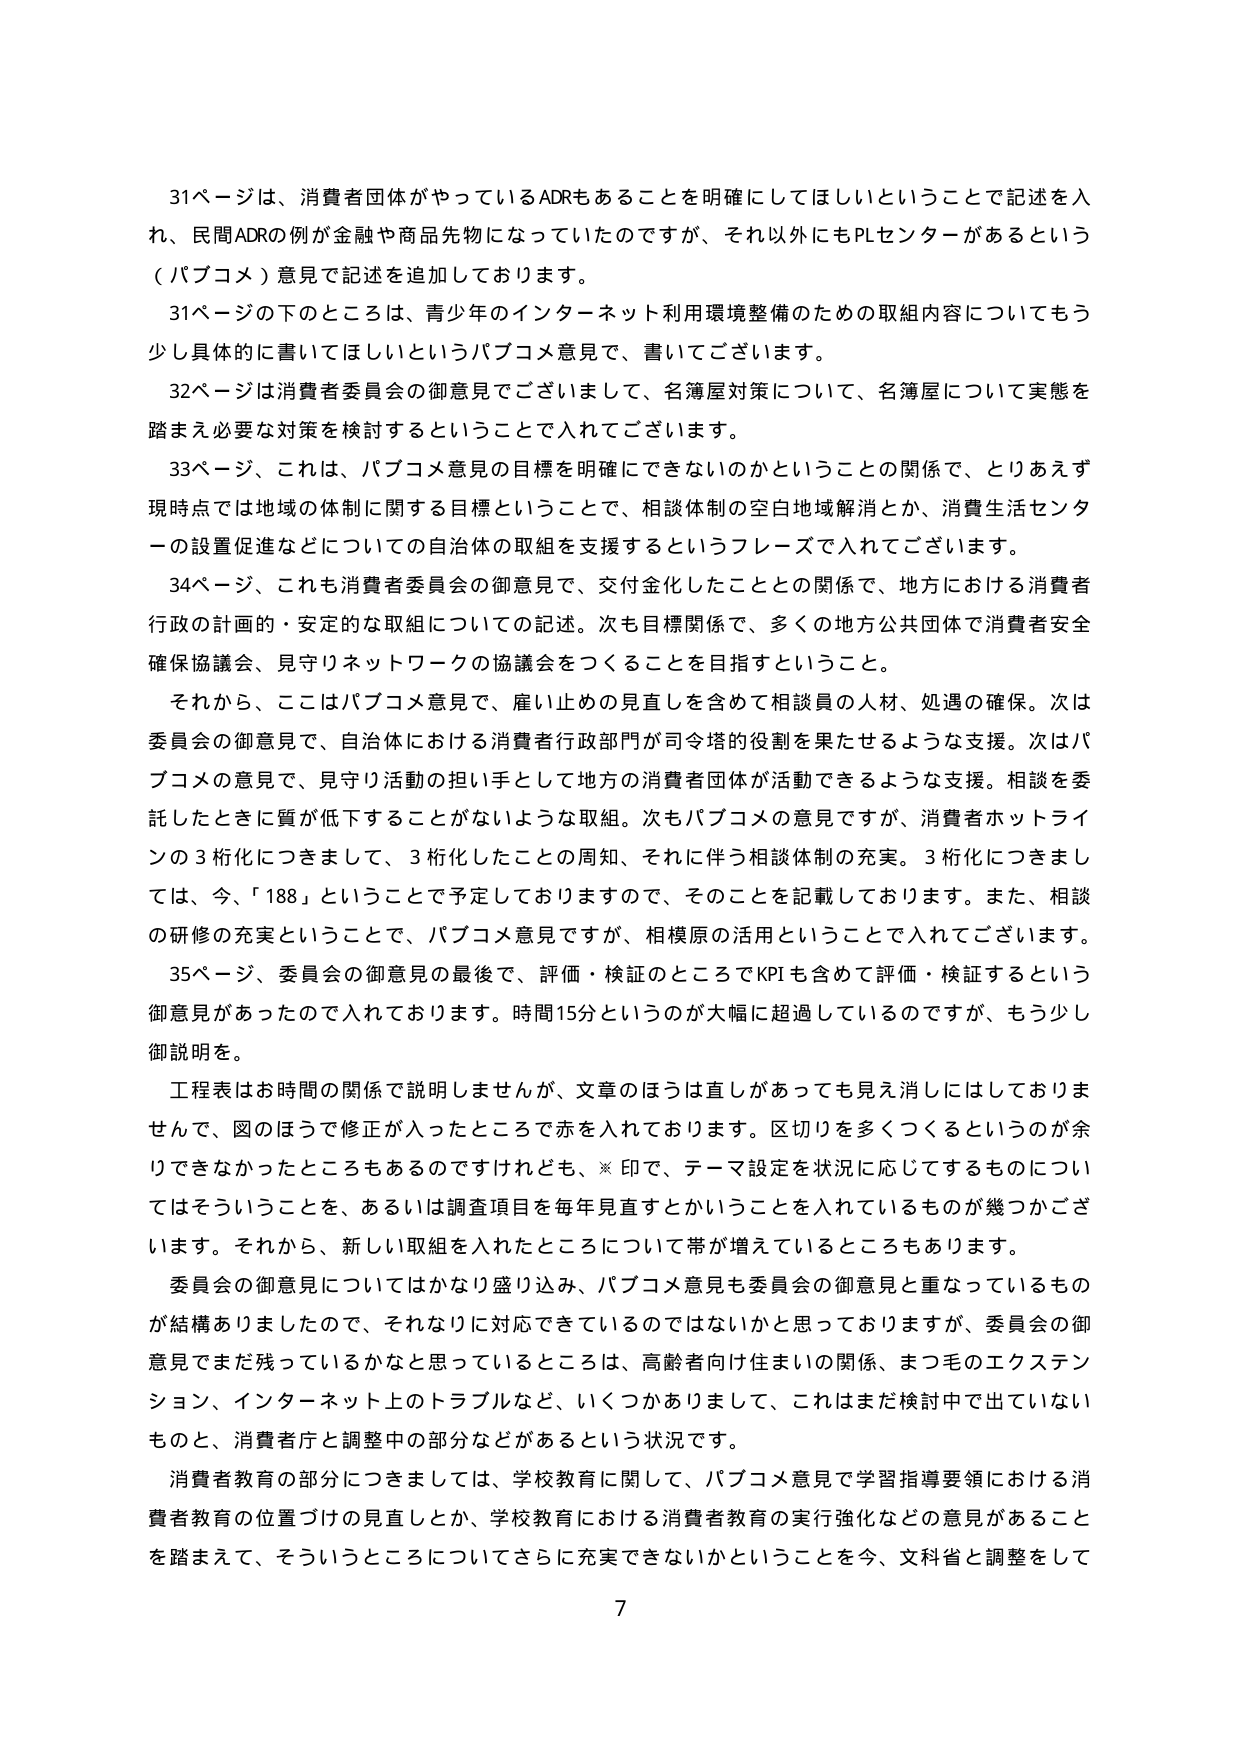
31ページは、消費者団体がやっているADRもあることを明確にしてほしいということで記述を入れ、民間ADRの例が金融や商品先物になっていたのですが、それ以外にもPLセンターがあるという（パブコメ）意見で記述を追加しております。

31ページの下のところは、青少年のインターネット利用環境整備のための取組内容についてもう少し具体的に書いてほしいというパブコメ意見で、書いてございます。

32ページは消費者委員会の御意見でございまして、名簿屋対策について、名簿屋について実態を踏まえ必要な対策を検討するということで入れてございます。

33ページ、これは、パブコメ意見の目標を明確にできないのかということの関係で、とりあえず現時点では地域の体制に関する目標ということで、相談体制の空白地域解消とか、消費生活センターの設置促進などについての自治体の取組を支援するというフレーズで入れてございます。

34ページ、これも消費者委員会の御意見で、交付金化したこととの関係で、地方における消費者行政の計画的・安定的な取組についての記述。次も目標関係で、多くの地方公共団体で消費者安全確保協議会、見守りネットワークの協議会をつくることを目指すということ。

それから、ここはパブコメ意見で、雇い止めの見直しを含めて相談員の人材、処遇の確保。次は委員会の御意見で、自治体における消費者行政部門が司令塔の役割を果たせるような支援。次はパブコメの意見で、見守り活動の担い手として地方の消費者団体が活動できるような支援。相談を委託したときに質が低下することがないような取組。次もパブコメの意見ですが、消費者ホットラインの3桁化につきまして、3桁化したことの周知、それに伴う相談体制の充実。3桁化につきましては、今、「188」ということで予定しておりますので、そのことを記載しております。また、相談の研修の充実ということで、パブコメ意見ですが、相模原の活用ということで入れてございます。

35ページ、委員会の御意見の最後で、評価・検証のところでKPIも含めて評価・検証するという御意見があったので入れております。時間15分というのが大幅に超過しているのですが、もう少し御説明を。

工程表はお時間の関係で説明しませんが、文章のほうは直しがあっても見え消しにはしておりませんで、図のほうで修正が入ったところに赤を入れております。区切りを多くつくるというのが余りできなかったところもあるのですけれども、※印で、テーマ設定を状況に応じてするものについてはそういうことを、あるいは調査項目を毎年見直すとかいうことを入れているものが幾つかございます。それから、新しい取組を入れたところについて帯が増えているところもあります。

委員会の御意見についてはかなり盛り込み、パブコメ意見も委員会の御意見と重なっているものが結構ありましたが、それなりに対応できているのではないかと思っておりますが、委員会の御意見でまだ残っているかなと思っているところは、高齢者向け住まいの関係、まつ毛のエクステンション、インターネット上のトラブルなど、いくつかありまして、これはまだ検討中で出ていないものと、消費者庁と調整中の部分などがあるという状況です。

消費者教育の部分につきましては、学校教育に関して、パブコメ意見で学習指導要領における消費者教育の位置づけの見直しとか、学校教育における消費者教育の実行強化などの意見があることを踏まえて、そういうところについてさらに充実できないかということを今、文科省と調整をして

7